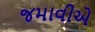
જમાવીએ